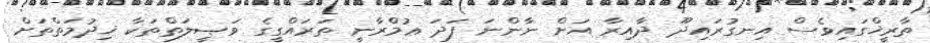
ތާރީޚްގައިވެސް އިނގުރައިދޫ ދާއިރާ އަށް ނާންނަ ފަދަ ޢުމްރާނީ ތަރައްގީގެ ވަޞީލަތްތަކާ ޚިދުމަތްތަށް